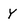
Character: Y